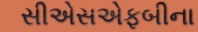
સીએસએફબીના